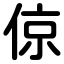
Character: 倞